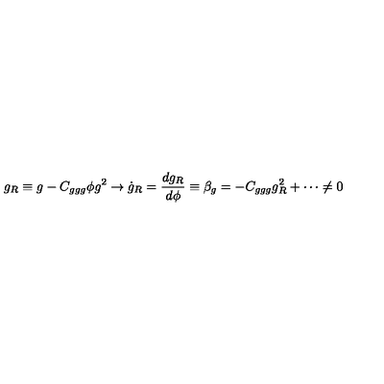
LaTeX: g _ { R } \equiv g - C _ { g g g } \phi g ^ { 2 } \to \dot { g } _ { R } = { \frac { d g _ { R } } { d \phi } } \equiv \beta _ { g } = - C _ { g g g } g _ { R } ^ { 2 } + \cdots \not = 0